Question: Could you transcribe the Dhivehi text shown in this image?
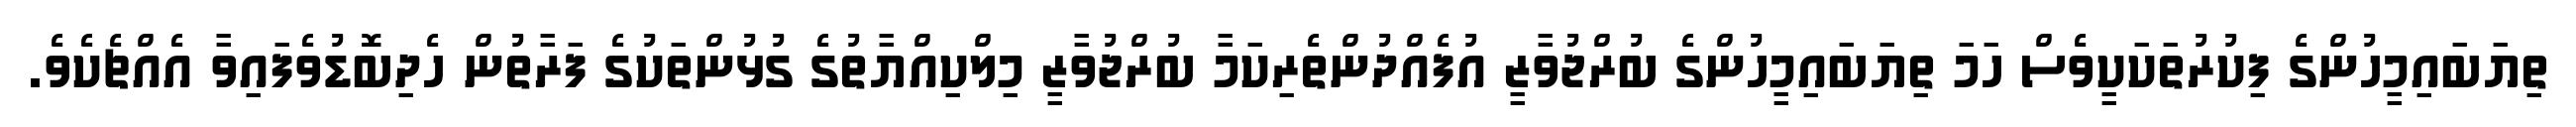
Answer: ތިޔަބައިމީހުންގެ ފިކުރުތަކަކީވެސް ހަމަ ތިޔަބައިމީހުންގެ ބުރްޖުވާޒީ އުފެއްދުންތެރިކަމާ ބުރްޖުވާޒީ މިލްކިއްޔާތުގެ ގުޅުންތަކުގެ ފަރާތުން ހެދިބޮޑުވެފައިވާ އެއްޗެކެވެ.